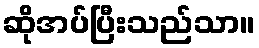
ဆိုအပ်ပြီးသည်သာ။